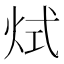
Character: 烒